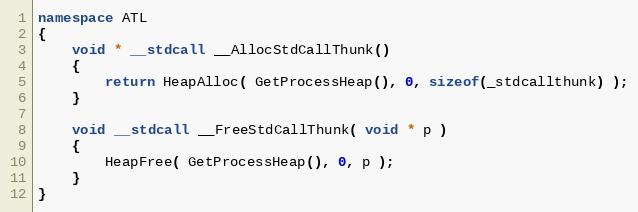
Language: C++
namespace ATL
{
    void * __stdcall __AllocStdCallThunk()
    {
        return HeapAlloc( GetProcessHeap(), 0, sizeof(_stdcallthunk) );
    }

    void __stdcall __FreeStdCallThunk( void * p )
    {
        HeapFree( GetProcessHeap(), 0, p );
    }
}